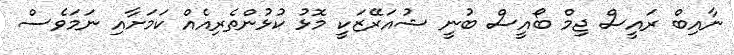
ނާއިބް ރައީސް ޖިމް ބޯއީސް ބުނީ ޝުއަރޭޒަކީ މޮޅު ކުޅުންތެރިއެއް ކަމަށާއި ނަމަވެސް